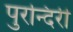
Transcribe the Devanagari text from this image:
पुरन्दिरी